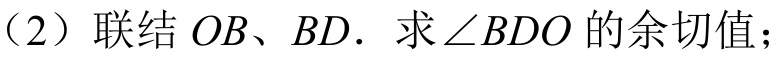
（2）联结\(OB、BD.\) 求\(\angle BDO\)的余切值；